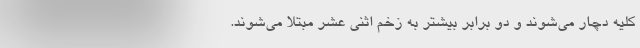
کلیه دچار می‌شوند و دو برابر بیشتر به زخم اثنی عشر مبتلا می‌شوند.